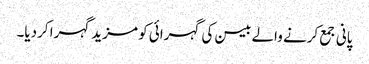
پانی جمع کرنے والے بیسن کی گہرائی کو مزید گہرا کردیا۔